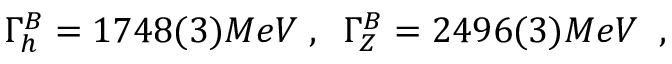
\Gamma _ { h } ^ { B } = 1 7 4 8 ( 3 ) M e V \; , \; \; \Gamma _ { Z } ^ { B } = 2 4 9 6 ( 3 ) M e V \; \; ,